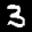
Label: 3